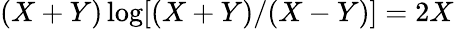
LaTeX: (X+Y)\log[(X+Y)/(X-Y)]=2X